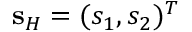
{ \bf s } _ { H } = ( s _ { 1 } , s _ { 2 } ) ^ { T }